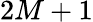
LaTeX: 2M+1